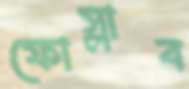
ফোস্‌লাব